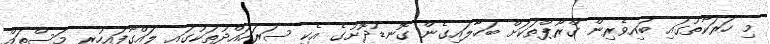
މި ހަރަކާތުގައި ބައިވެރިން ގްރޫޕްތަކަށް ބަހާލައިގެން ގޮނޑުދޮށުގެ އެކި ސަރަހައްދުތަކުގައި ލައްގާފައިހުރި މަސްތައް